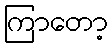
ကြာတော့